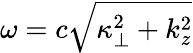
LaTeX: \omega=c\sqrt{\kappa_{\perp}^{2}+k_{z}^{2}}